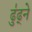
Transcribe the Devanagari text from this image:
ढु॑ढ्ने